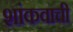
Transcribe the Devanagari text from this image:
शांकवाची